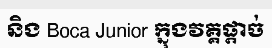
និង Boca Junior ក្នុងវគ្គផ្តាច់